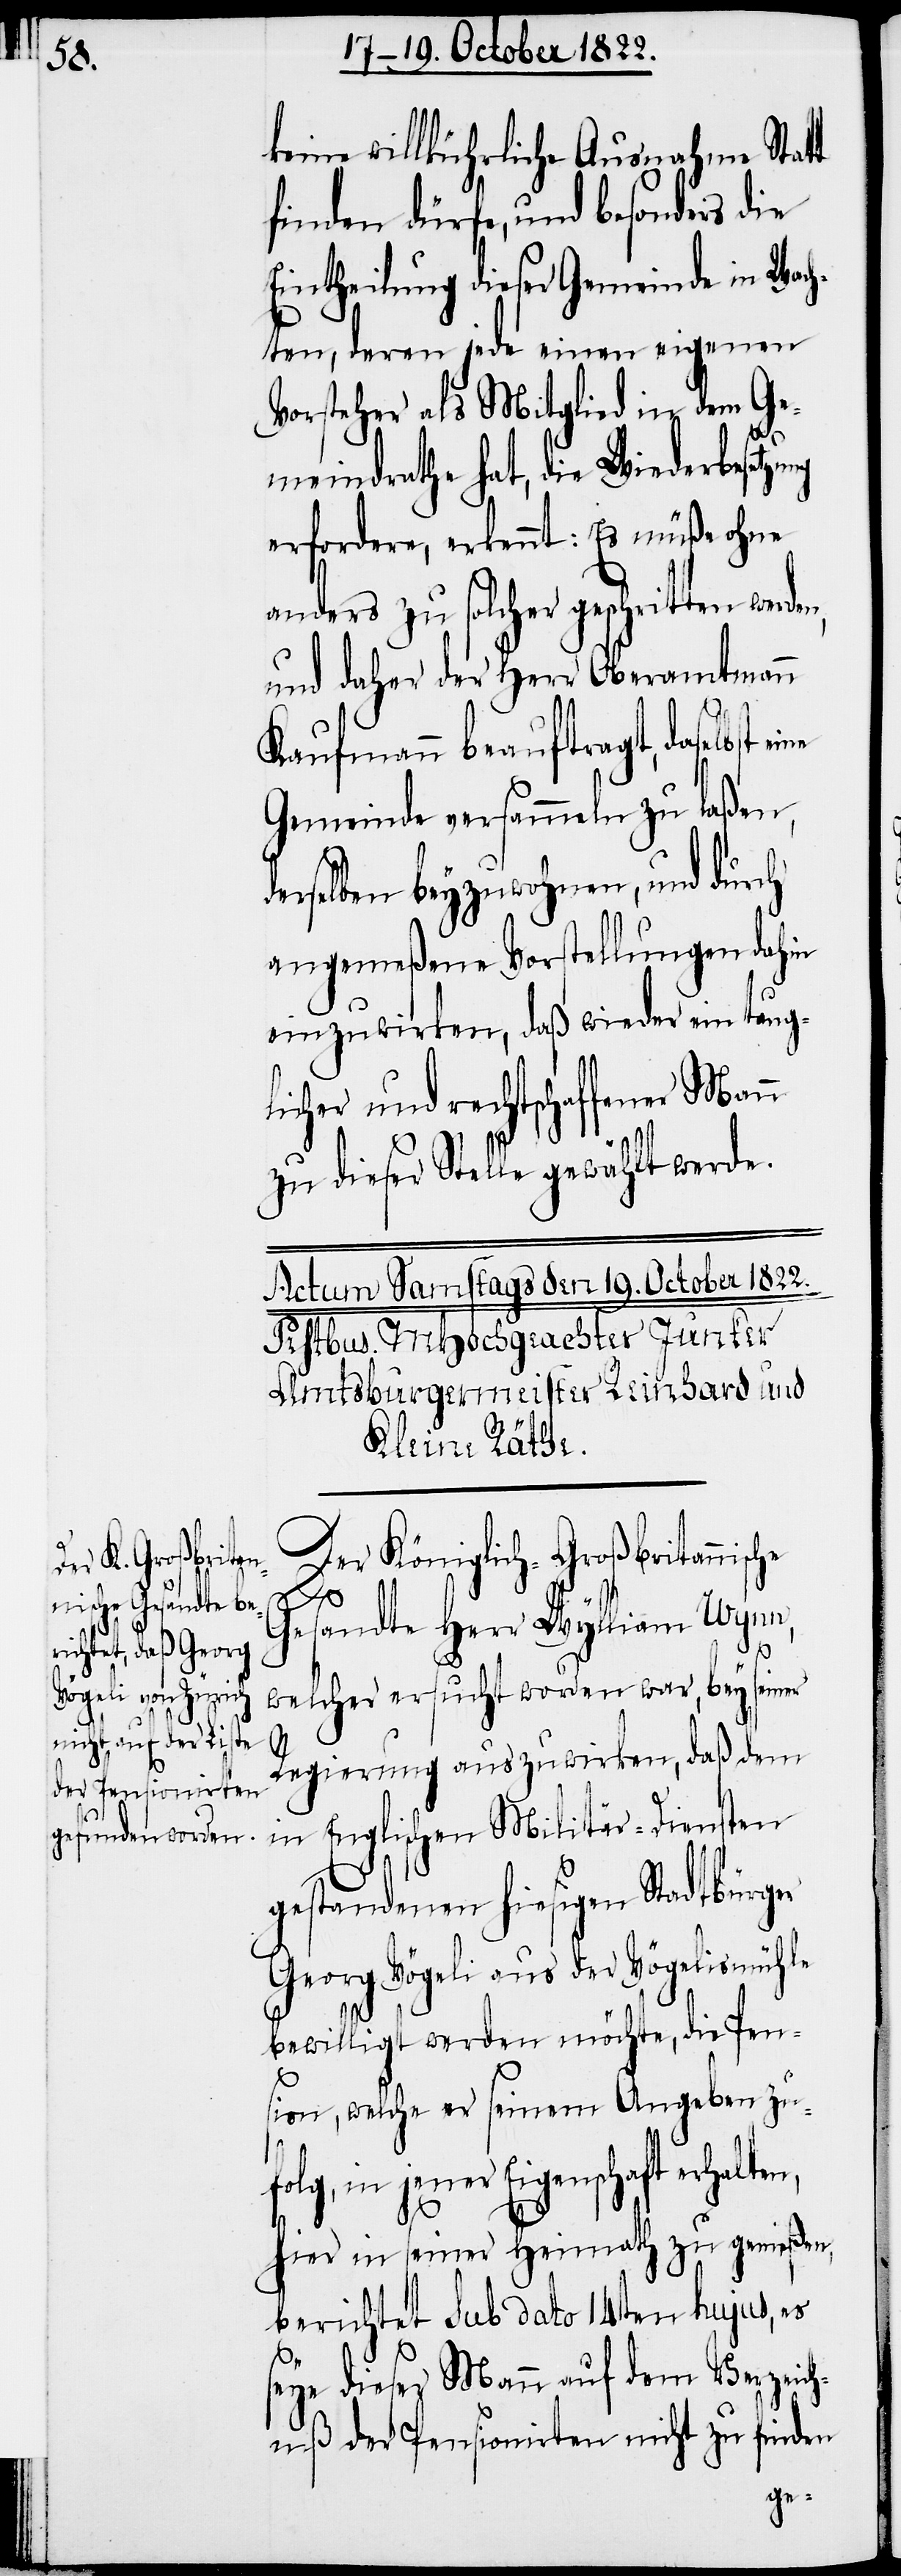
keine willkührliche Ausnahme Statt
finden dürfe, und besonders die
Eintheilung dieser Gemeinde in Wach¬
ten, deren jede einen eigenen
Vorsteher als Mitglied in dem Ge¬
meindrathe hat, die Wiederbesetzu¬
erfordere, erkennt: Es müße ohne
anders zu solcher geschritten
und daher der Herr Oberamtmann
Kaufmann beauftragt, daselbst
Gemeinde versammeln zu laßen,
derselben beyzuwohnen, und durch
angemeßene Vorstellungen dahin
einzuwirken, daß wieder ein taug¬
licher und rechtschaffener Mann
zu dieser Stelle gewählt werde.
Der Königlich-Großbritannische
Gesandte Herr Wylliam Wynn,
ng
welcher ersucht worden war, bey seiner
Regierung auszuwirken, daß dem
in Englischen Militär-Diensten
gestandenen hiesigen Stadtbürger
Georg Vögeli aus der Vögelismühle
bewilligt werden möchte, die Pen¬
sion, welche er seinem Angeben zu¬
Eigenschaft erhalten,
hier in seiner Heimath zu genießen,
berichtet sub dato 14ten hujus, es
seye dieser Mann auf dem Verzeich¬
niß der Pensionirten nicht zu finden